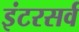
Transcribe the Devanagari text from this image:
इंटरसर्व